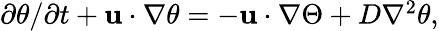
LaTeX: \begin{array}{r}{\partial\theta/\partial t+{\mathbf{u}}\cdot\nabla\theta=-{\mathbf{u}}\cdot\nabla\Theta+D\nabla^{2}\theta,}\end{array}